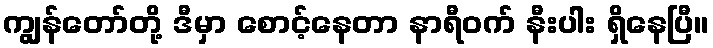
ကျွန်တော်တို့ ဒီမှာ စောင့်နေတာ နာရီဝက် နီးပါး ရှိနေပြီ။